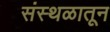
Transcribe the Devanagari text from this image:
संस्थळातून